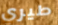
طيري